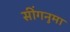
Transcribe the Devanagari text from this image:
सींगनुमा